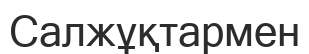
Салжұқтармен